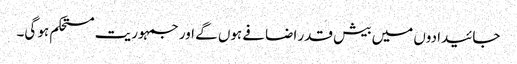
جائیدادوں میں بیش قدر اضافے ہوں گے اور جمہوریت مستحکم ہو گی۔